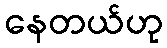
နေတယ်ဟု